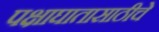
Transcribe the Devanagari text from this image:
पक्षाघातासाठीचे